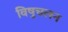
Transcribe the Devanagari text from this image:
विषुचलन